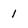
Character: 1